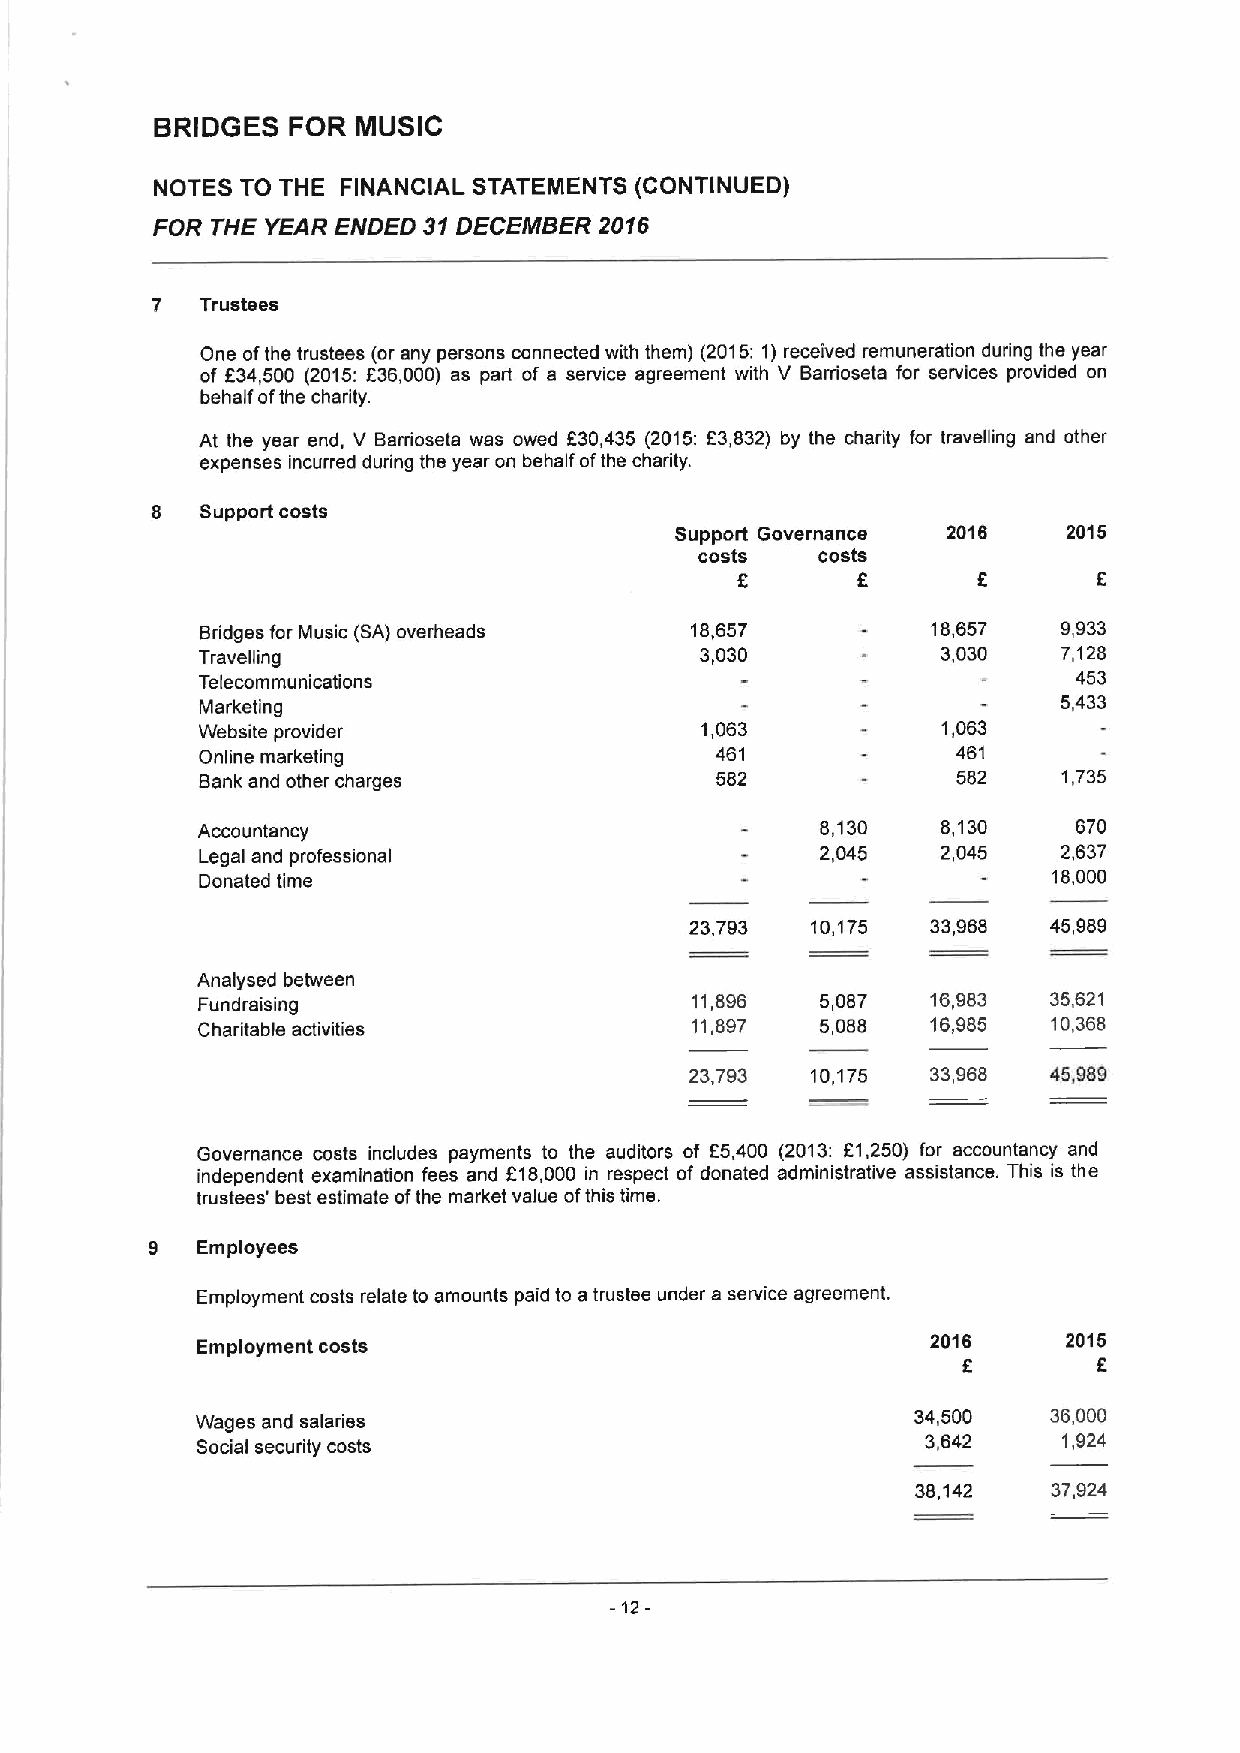
BRIDGES  FOR  MUSIC
 NOTES TO THE FINANCIAL STATEMENTS (CONTINUED)
 FOR THE YEAR ENDED 31DECEMBER 2016
 7  Trustees
 One ofthe trustees (or any persons connected with them) (2015:1)received remuneration during the year
 of 834,500 (2015:f36,000) as part of a service agreement with V Barrioseta for services provided on
 behalf ofthe charity.
 At the year end, V Barrioseta was owed 830,435 (2015:63,832) by the charity for travelling and other
 expenses incurred during the year on behalf ofthe charity.
 8  Support costs
 Support Governance 2016   2015
 costs   costs
 E       8       5
 Bridges for Music (SA) overheads 18,657          18,657  9,933
 Travelling                       3,030           3,030   7,128
 Telecommunications                                        453
 Marketing
 5,433
 Website provider                 1,063           1,063
 Online marketing                  461             461
 Bank and other charges            582             582    1,735
 Accountancy                              8,130   8,130    670
 Legal and professional                   2,045   2,045   2,637
 Donated time                                             18,000
 23,793  10,175  33,968  45,989
 Analysed between
 Fundraising                      11,896  5,087   16,983  35,621
 Charitable activities            11,897  5,088   16,985  10,368
 23,793  10,175  33,968  45,989
 Governance costs includes payments to the auditors of 65,400 (2013: ft,250) for accountancy and
 independent examination fees and 618,000 in respect of donated administrative assistance. This is the
 trustees' best estimate ofthe market value ofthis time.
 9  Employees
 Employment costs relate to amounts paid to a trustee under a service agreement.
 Employment costs                                 2016     2015
 6
 Wages and salaries                              34,500   36,000
 Social security costs                           3,642    1,924
 38,142   37,924
 -12-